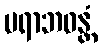
ပရာဘဝန္တံ